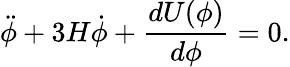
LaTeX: \ddot{\phi}+3H\dot{\phi}+\frac{dU(\phi)}{d\phi}=0.